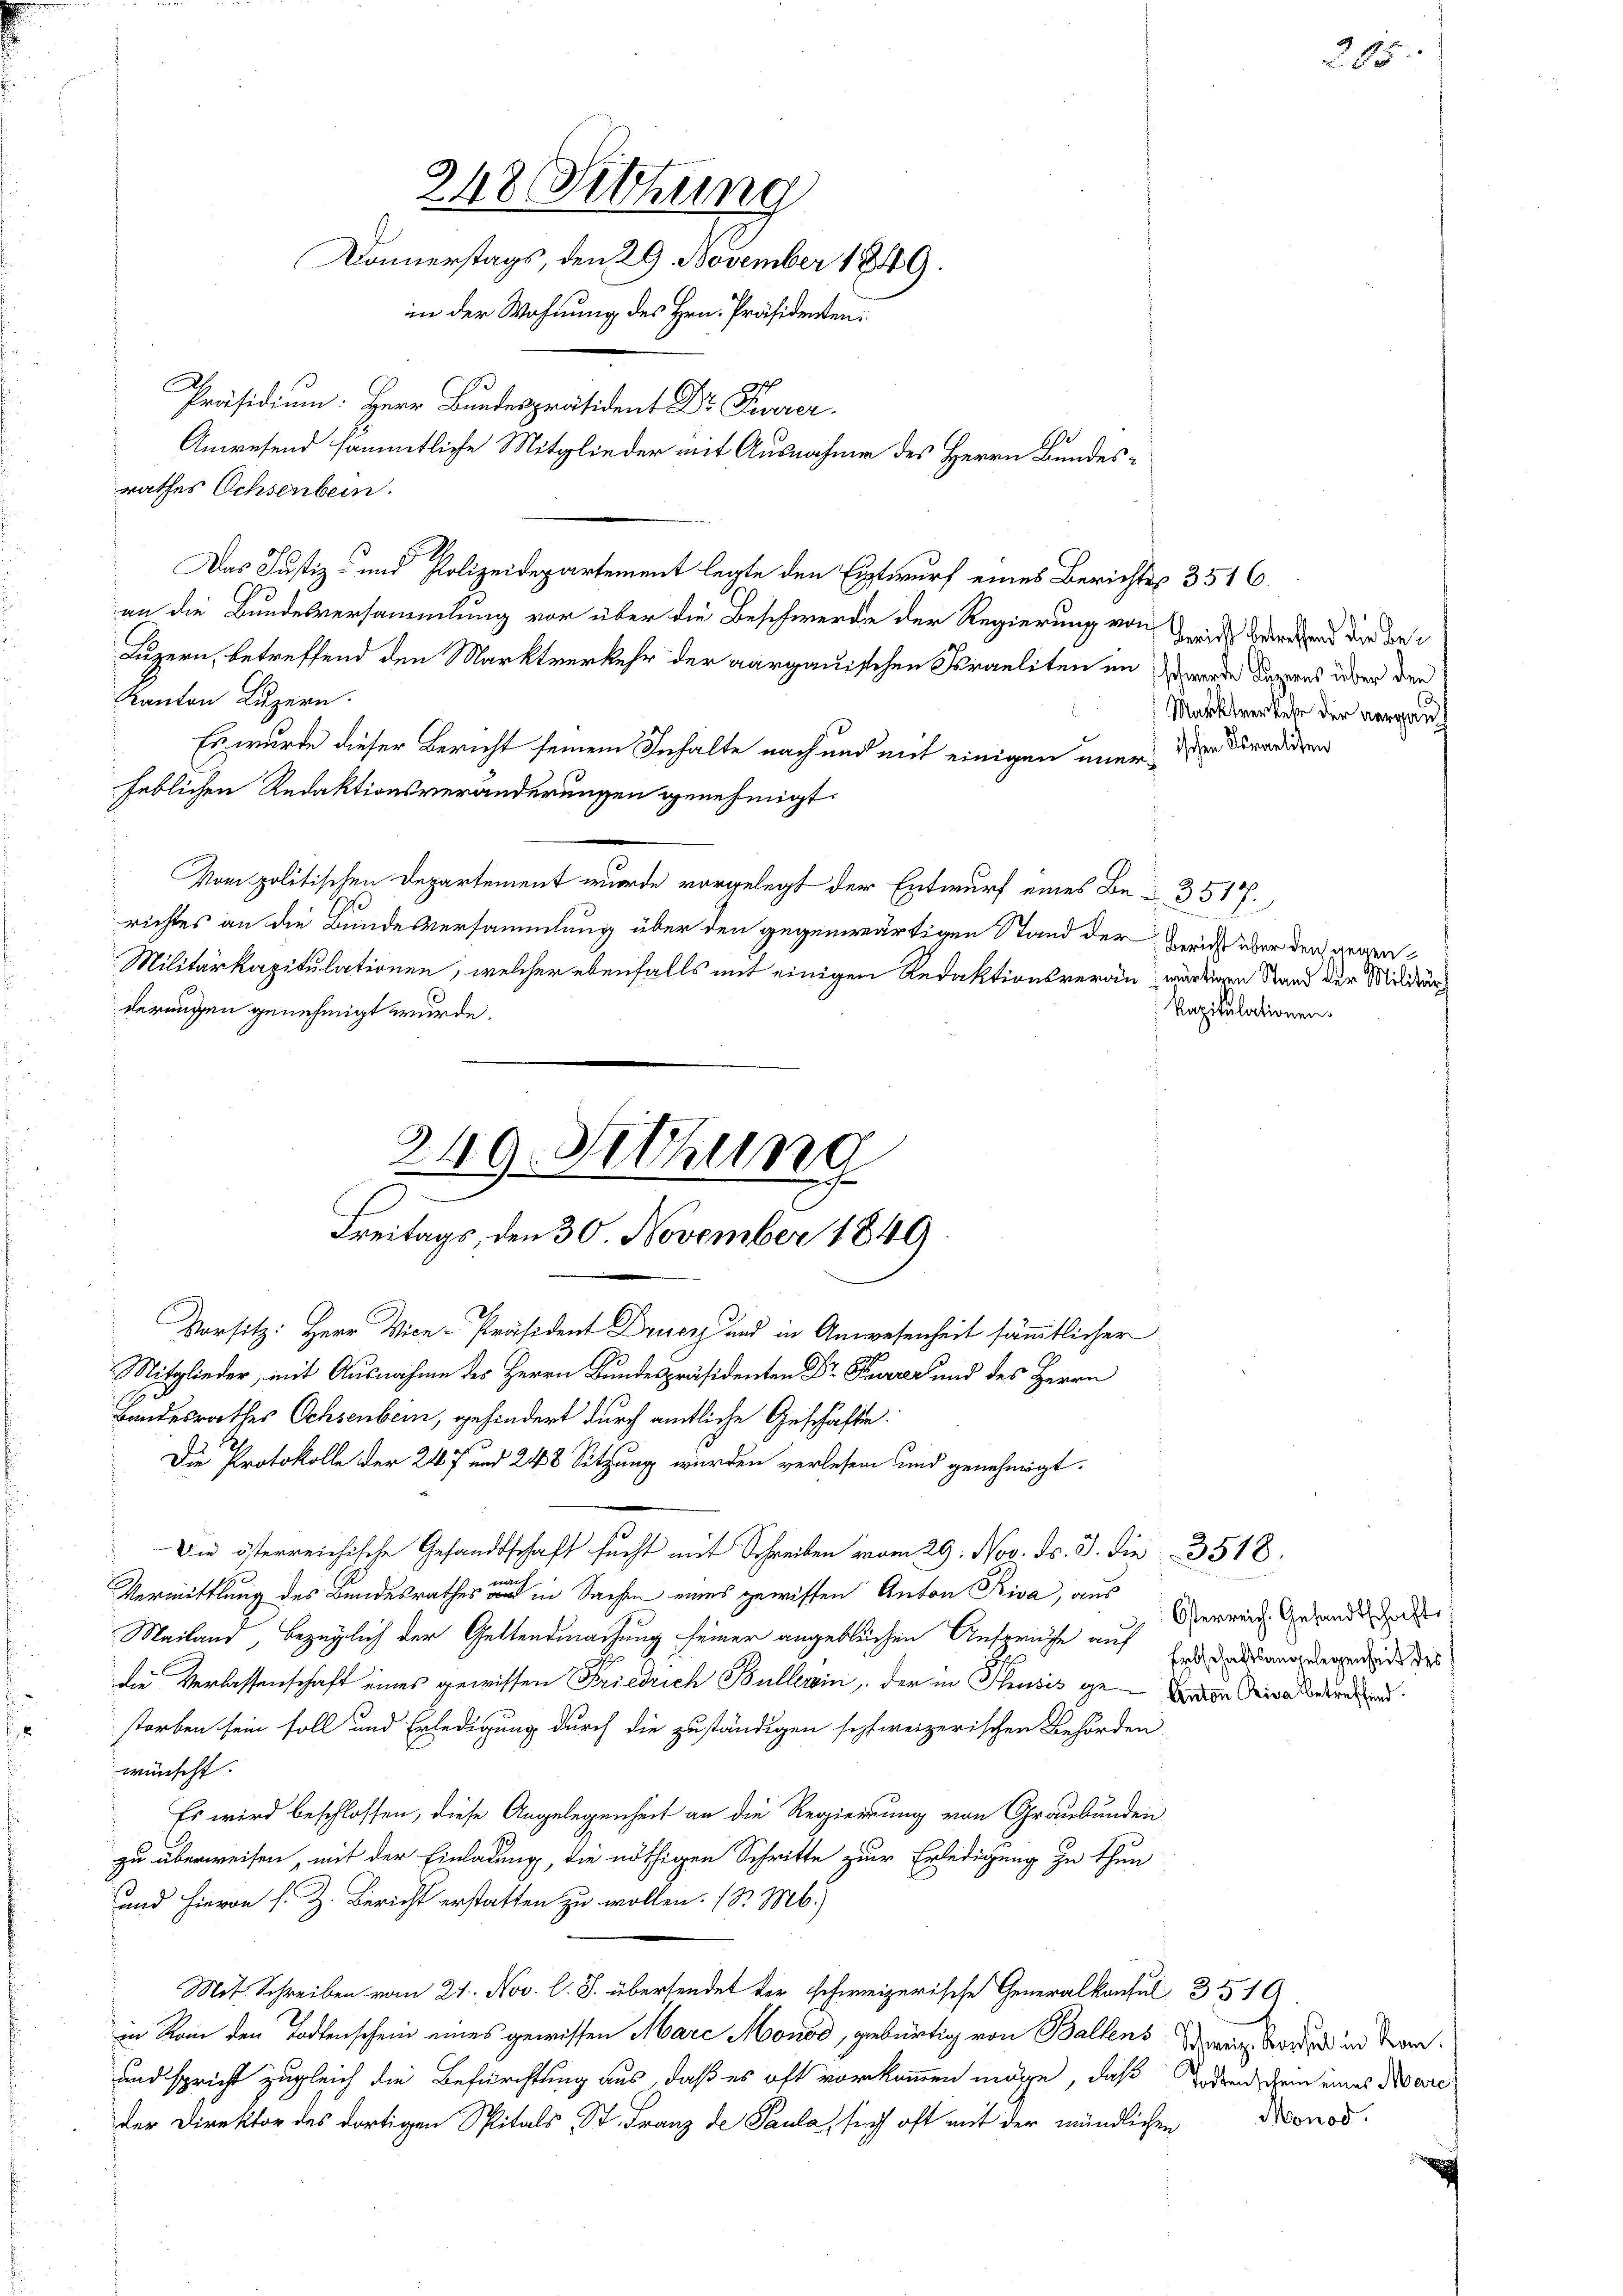
rathes Ochsenbein.
Das Justiz- und Polizeidepartement legte den Entwurf eines Berichtes 3516.
an die Bundesversammlung vor über die Beschwerde der Regierung von Zeich bereifend die Be¬
Luzern, betreffend den Marktverkehr der aargauischen Israeliten im Werde dargens über den
Kanton Luzern.
Es wurde dieser Bericht seinem Inhalte nach und mit einigen iner die Stradidien
heblichen Redaktionsveränderungen genehmigt.
Vom politischen Departement wurde vorgelegt der Entwurf eines Be- 3517.
richtes an die Bundesversammlung über den gegenwärtigen Stand der Bericht über der gegen¬
Militärkapitulationen, welcher ebenfalls mit einigen Redaktionsveran würdigen Stand der Milder
derungen genehmigt wurde.
kapitulationen.

218. Siehung
Donnerstags, den 29. November 1849.
in der Wohnung des Hrn. Präsidenten:
Präsidium. Herr Bundespräsident Dr Feuerer
Anwesend sämmtliche Mitglieder mit Ausnahme des Herrn Bundes¬

249. Sitzung
Freitags, den 30. November 1849.

Vorsitz: Herr Vice-Präsident Drusz und in Anwesenheit sämmtlicher
Mitglieder, mit Ausnahme des Herrn Bundespräsidenten Dr. Furrer und des Herrn
Bandesrathes Ochsenbein, gehindert durch amtliche Geschäfte
Die Protokolle der 247 und 248 Sitzung wurden verlesen und genehmigt.
Die österreichische Gesandtschaft sucht mit Schreiben vom 29. Nov. ds. 3. Die 3518.
e
Vermittlung des Bundesrathes an in Sachen eines gewissen Anton Riva, aus
Mailand, bezüglich der Geltendmachung seiner angeblichen Ansprüche auf
die Verlassenschaft eines gewissen Friedrich Büllerein, der in Thusis genen Rivaleur
storben sein soll und Erledigung durch die zuständigen schweizerischen Behörden
wünscht.
Es wird beschlossen, diese Angelegenheit an die Regierung von Graubünden.
zu überweisen, mit der Einladung, die nöthigen Schritte zur Erledigung zu thun
und hievon s. Z. Bericht erstatten zu wollen. (Dr. Mb.)
Mit Schreiben vom 21. Nov. l. J. übersendet der schweizerische Generalkonsul 351
in Rom den Todtenschein eines gewissen Marc Monod, gebürtig von Ballens Wenig Borden und Kan¬
und spricht zugleich die Befürchtung aus, daß es oft vorkommen möge, daß jeden dem eines Pare
der Direktor des dortigen Spitals St. Franz de Paula, sich oft mit der mündlichen Monod¬

Marktverkehr der vergan

215

Österreich. Gesandtschaft